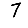
Digit: 7